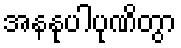
အနနုပါပုဏိတွာ